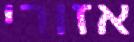
אזורי